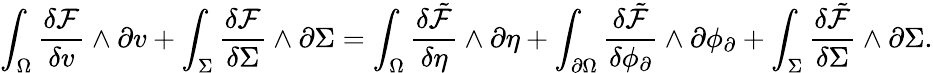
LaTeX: \int_{\Omega}\frac{\delta\mathcal{F}}{\delta v}\wedge\partial v+\int_{\Sigma}\frac{\delta\mathcal{F}}{\delta\Sigma}\wedge\partial\Sigma=\int_{\Omega}\frac{\delta\tilde{\mathcal{F}}}{\delta\eta}\wedge\partial\eta+\int_{\partial\Omega}\frac{\delta\tilde{\mathcal{F}}}{\delta\phi_{\partial}}\wedge\partial\phi_{\partial}+\int_{\Sigma}\frac{\delta\tilde{\mathcal{F}}}{\delta\Sigma}\wedge\partial\Sigma.